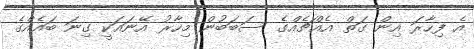
އެ ފިހާރަ އިން ގަތް އެއްޗެއްގެ ސަބަބުން މިހާރު އޭނައަކީ ގިނަ ބައެއްގެ